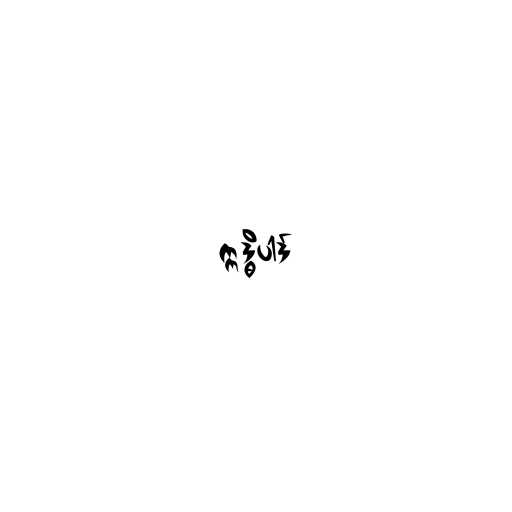
ဣဒ္ဓိပါဒ်